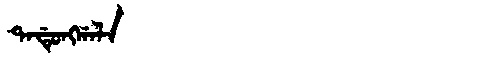
Manchu: ᡨᠠᡩᡠᠩᡤᠠᠯᠠ
Romanization: TADUNGGALA